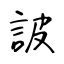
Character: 詖